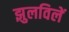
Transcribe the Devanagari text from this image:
झुलविलें